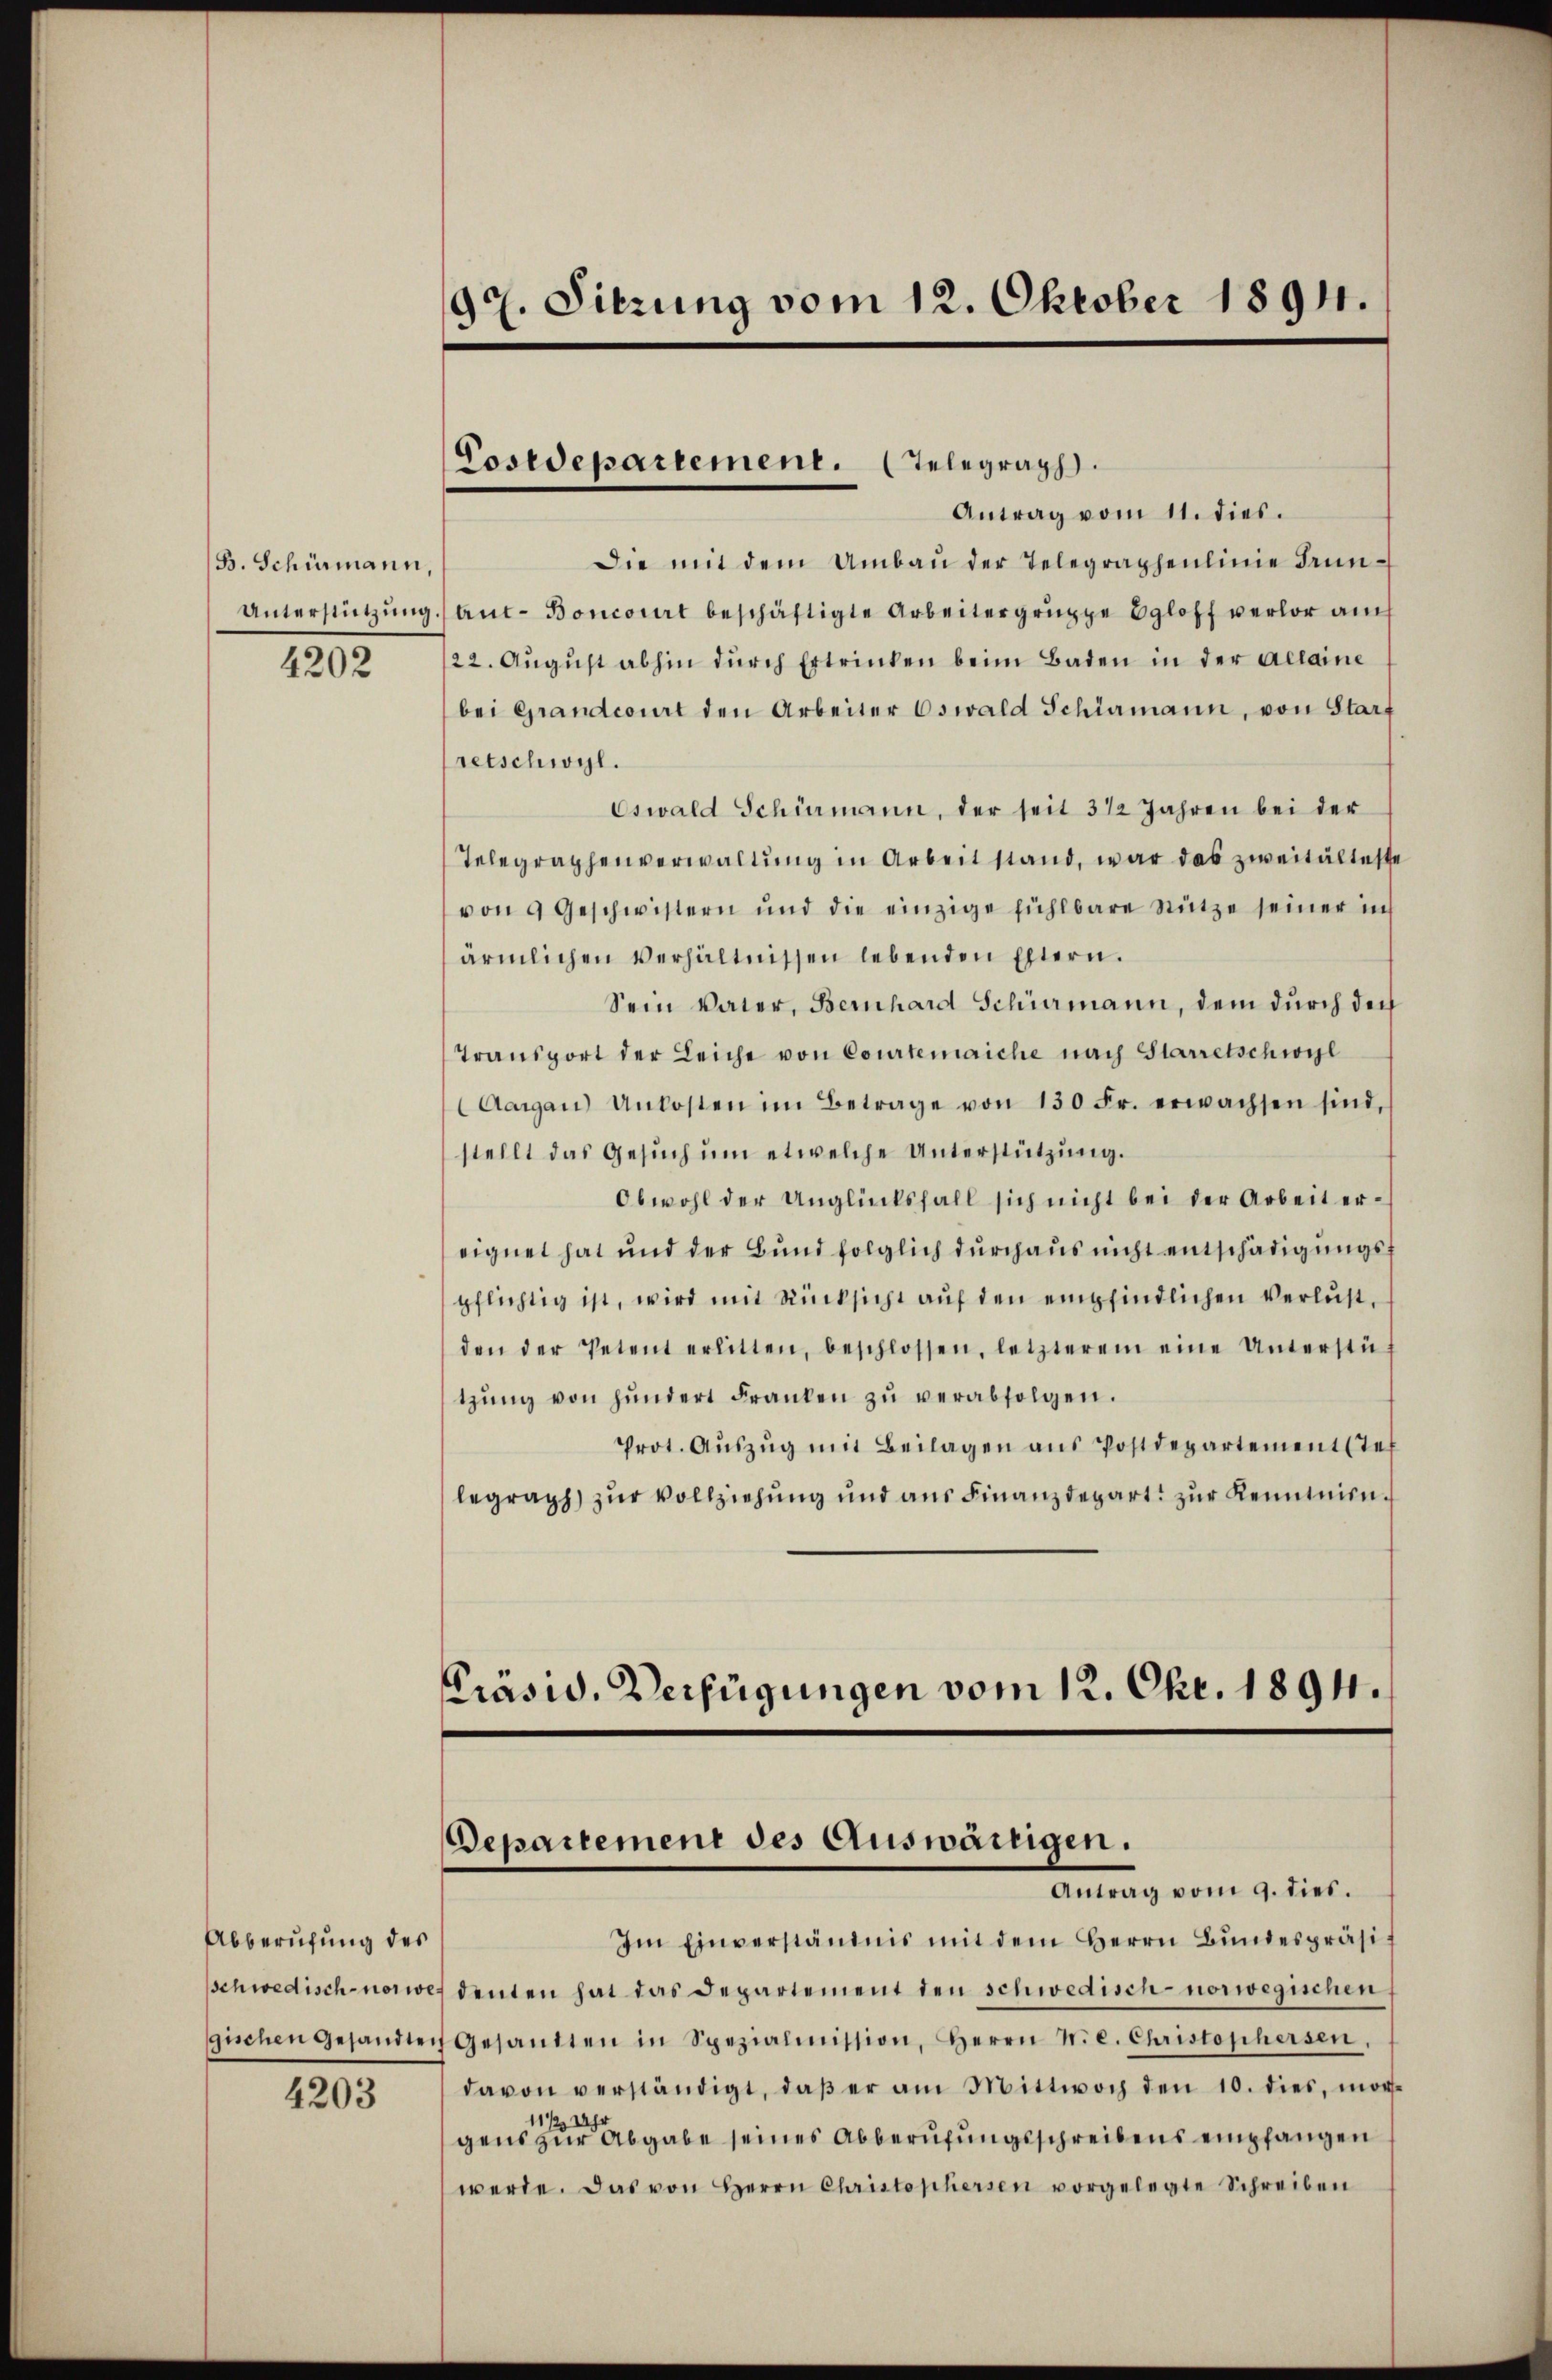
B. Schirmann,
Unterstützung

4202

Abberufung des

4203

92. Sitzung vom 12. Oktober 1894.

Costdepartement. Telegraph
Antrag vom 11. dies.

Die mit dem Umbaŭ der Telegraphenlinie drun¬
Aut-Boncourt beschäftigte Arbeitergruppe Egloff verlor auch
/22. August abhin durch Ertrinken beim Baden in der allaine
bei Grandcourt den Arbeiter Oswald Schiamann, von Start
retschwyl.
Eswald Schürmann, der seit 3 1/2 Jahren bei der
Telegraphenverwaltung in Arbeit stand, war das zweitälteste
von 9 Geschwistern und die einzige fühlbare Nütze seiner in
ärmlichen Verhältnissen lebenden Eltern.
Sein Vater, Bernhard Schurmann, dem durch der
Transport der Leiche von Courtenaiche nach Starretschwyl
Aargau) Unkosten im Betrage von 130 Fr. erwachsen sind,
stellt das Gesŭch ŭm etwelche Unterstützung.
Obwohl der Unglücksfall sich nicht bei der Arbeit ereignet hat und der Bund folglich durchaus nicht entschädigungsf
pflichtig ist, wird mit Rücksicht auf den empfindlichen Verlust,
den der Petent erlitten, beschlossen, letzterem eine Unterstützŭng von hŭndert Franken zŭ verabfolgen.
Prot. Aŭszŭg mit Beilagen ans Postdepartementstel
legraph zur Vollziehung und aus Finanzdepart zŭr Kenntnin¬
Präsid. Verfügungen vom 12. Okt. 1894.

Departement des Auswärtigen.
Antrags vom 9. dies.

Im Einverständnis mit dem Herrn Bŭndespräsi
schwedisch norwes deuten hat das Departement den schwedisch-norwegischen
gischen gesandten Gesandten in Spezialmission, Herrn N. e. Christophersen,
davon verständigt, daβ er am Mittwoch den 10. dies, mor¬
1/2 X
gens zur Abgabe seines Abberufungsschreibens empfangen
werde. Das von Herrn Christophersen vorgelegte Schreiben